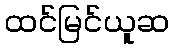
ထင်မြင်ယူဆ